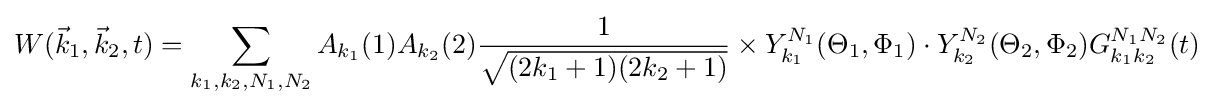
W({\vec {k}}_{1},{\vec {k}}_{2},t)=\sum _{k_{1},k_{2},N_{1},N_{2}}A_{k_{1}}(1)A_{k_{2}}(2){\frac {1}{\sqrt {(2k_{1}+1)(2k_{2}+1)}}}\times Y_{k_{1}}^{N_{1}}(\Theta _{1},\Phi _{1})\cdot Y_{k_{2}}^{N_{2}}(\Theta _{2},\Phi _{2})G_{k_{1}k_{2}}^{N_{1}N_{2}}(t)